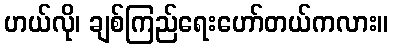
ဟယ်လို၊ ချစ်ကြည်ရေးဟော်တယ်ကလား။